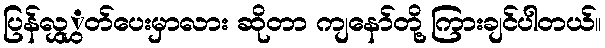
ပြန်လွှွှတ်ပေးမှာလား ဆိုတာ ကျနော်တို့ ကြားချင်ပါတယ်။